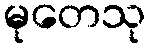
မုတေသု